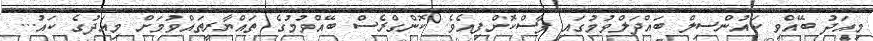
މިއަދު ބޭއްވި ކައުންސިލް ބައްދަލްވުމުގައި ފާސްކޮށްފިއެވެ. ކޮންގްރެސް ބޭއްވުމުގެ ތައްޔާރީތައްވުމަށް މިއަދުގެ ކައު...